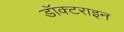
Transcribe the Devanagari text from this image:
डॉक्टराइन